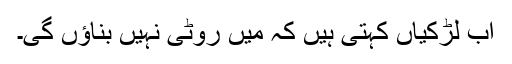
اب لڑکیاں کہتی ہیں کہ میں روٹی نہیں بناؤں گی۔